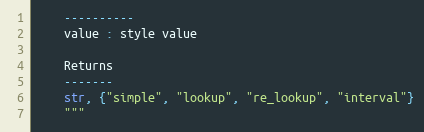
Language: Python
    ----------
    value : style value

    Returns
    -------
    str, {"simple", "lookup", "re_lookup", "interval"}
    """